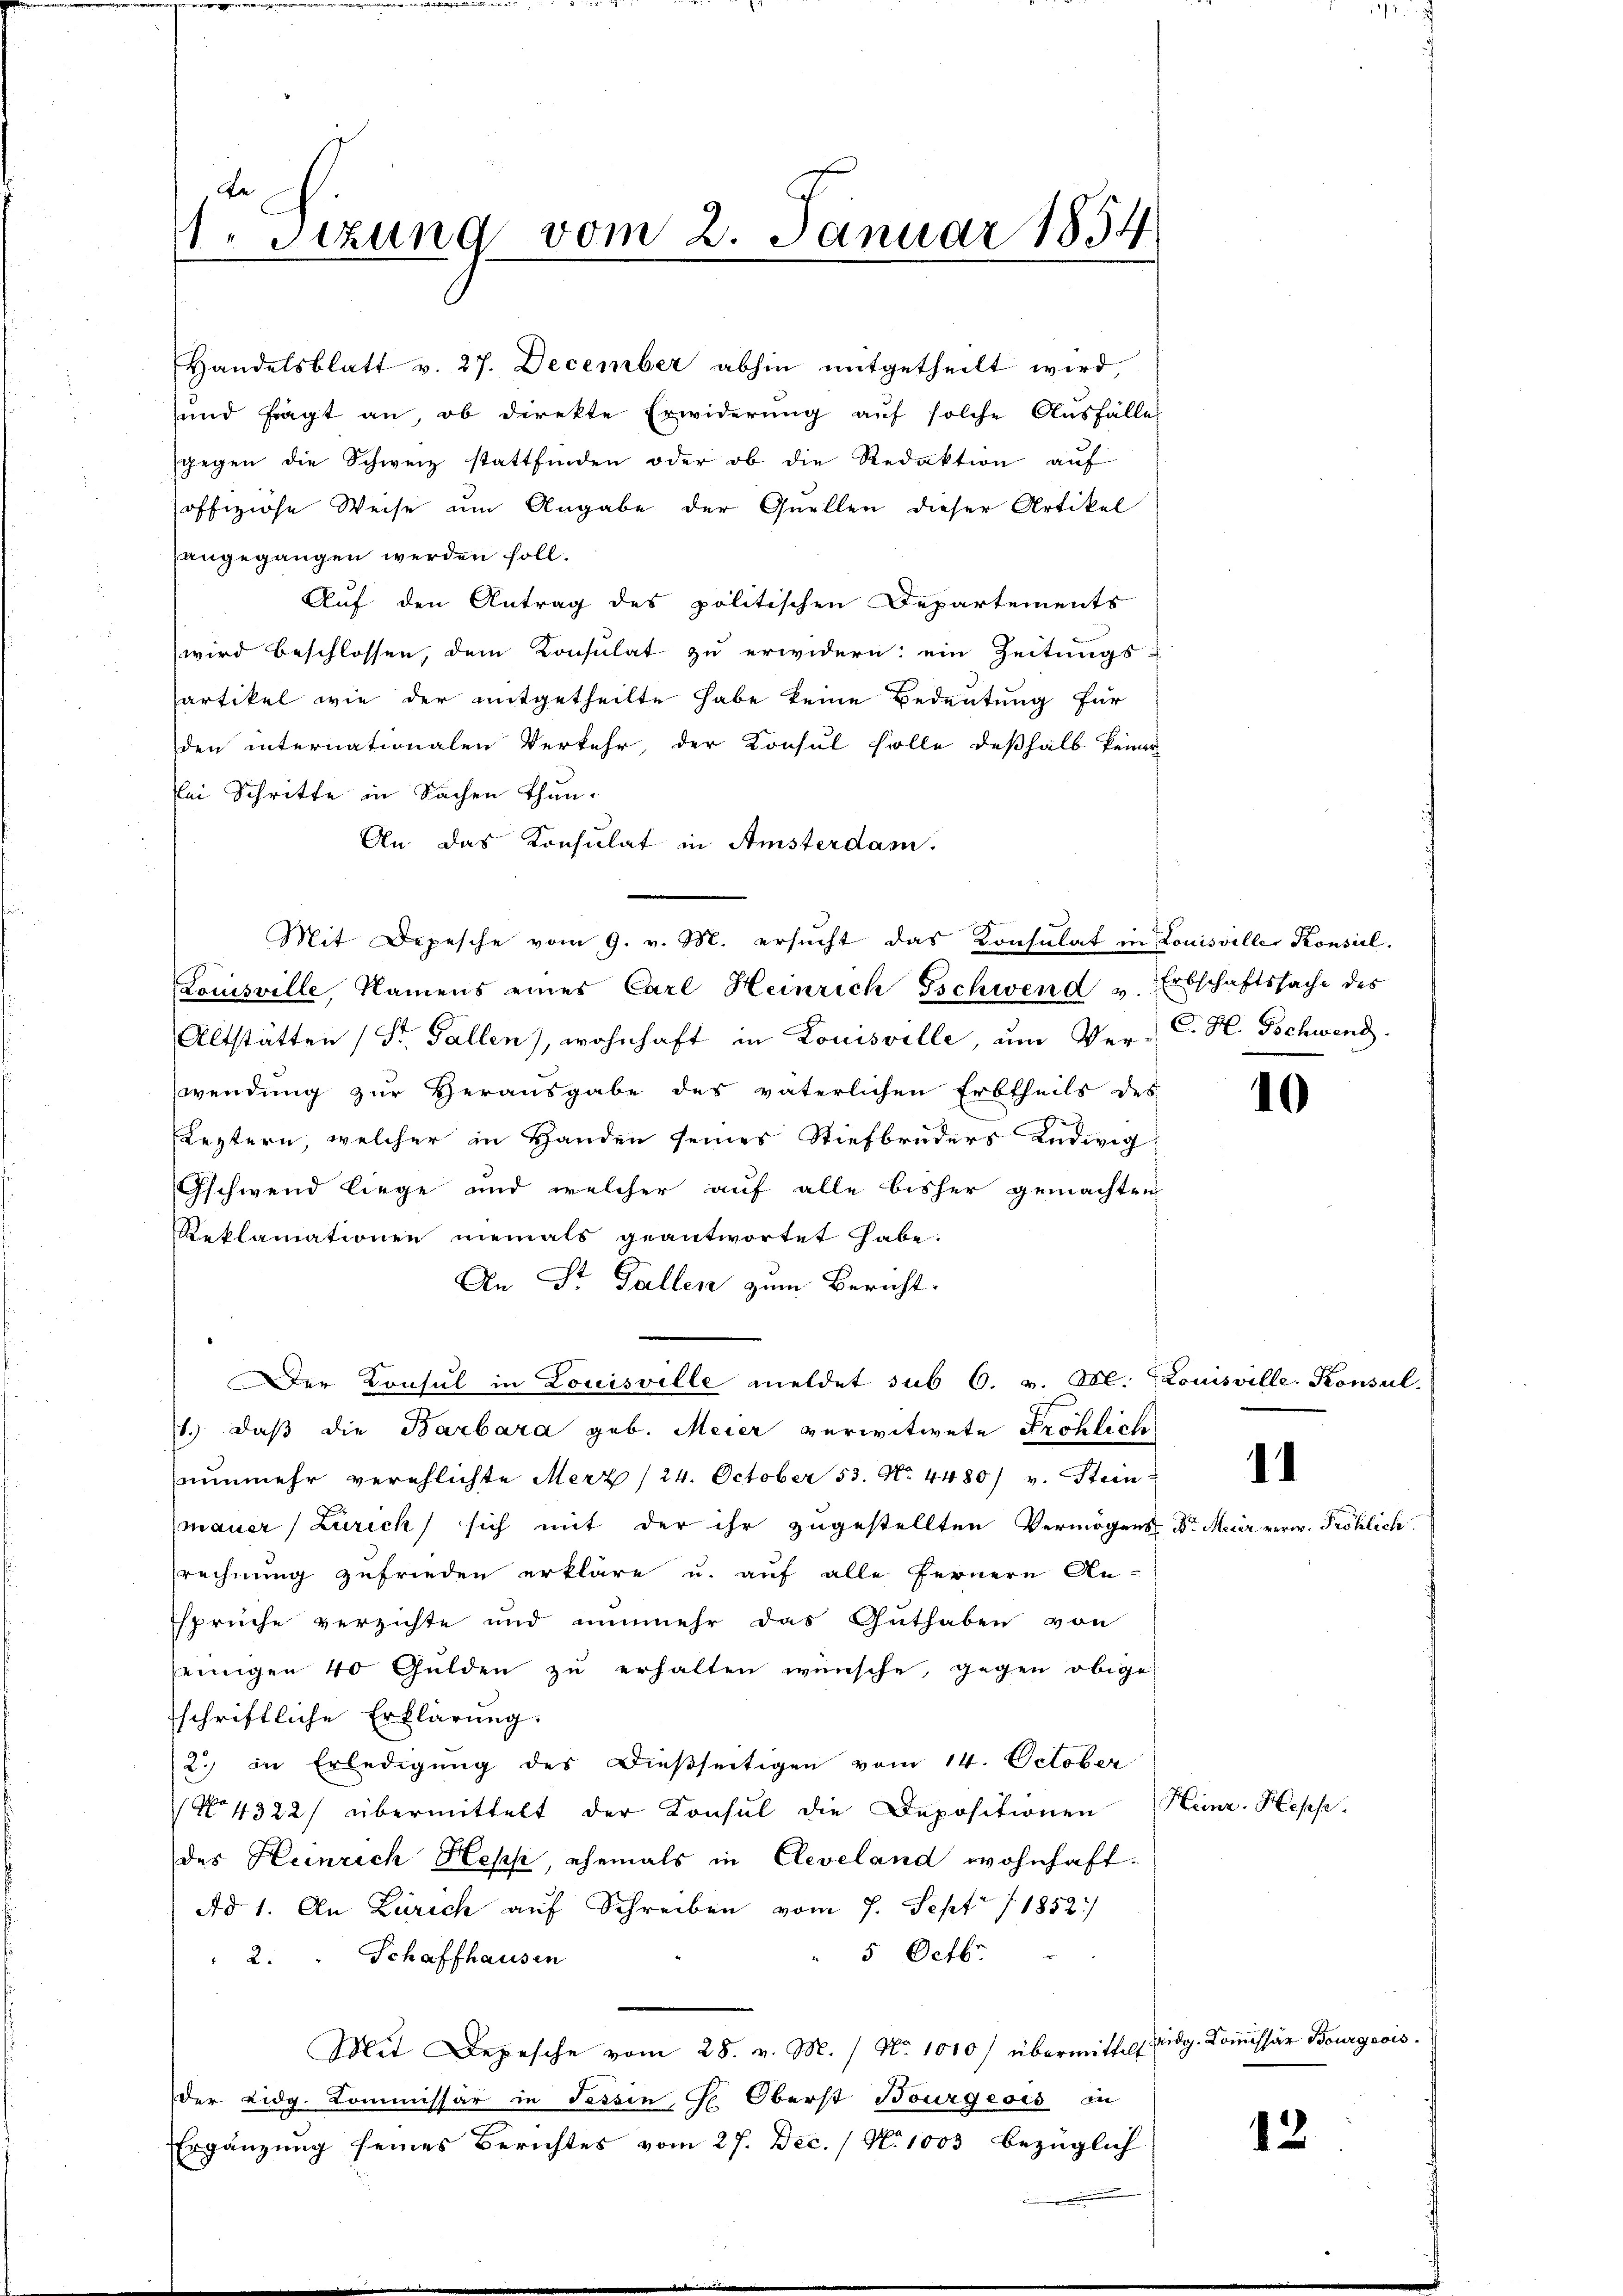
Handelsblatt v. 27. December abhin mitgetheilt wird,
und fragt an, ob direkte Erwiderung auf solche Ausfälle
gegen die Schweiz stattfinden oder ob die Redaktion auf
offiziose Weise um Angabe der Quellen dieser Artikel
angegangen werden soll.
Auf den Antrag des politischen Departements
wird beschlossen, dem Konsulat zu erwidern: ein Zeitungsartikel wie der mitgetheilte habe keine Bedeutung für
den internationalen Verkehr, der Konsul solle deßhalb keiner
bei Schritte in Sachen Thun-
An das Konsulat in Amsterdam.
Mit Depesche vom 9. v. M. ersŭcht das Konsulat in Louisville Konsil.
Louisville, Namens eines Carl Heinrich Gschwend u. Erbschaftssache des
Altstätten (St. Gallen), wohnhaft in Louisville, um Verwendung zur Herausgabe des väterlichen Erbtheils des
Leztern, welcher in Handen seines Stiefbruders Ludwig
Gschwend liege und welcher auf alle bisher gemachten
Reklamationen niemals geantwortet habe.
An St. Gallen zum Bericht.
Der Konsul in Louisville meldet sub 6. v. M. Louisville-Konsul
1.) Daß die Barbara geb. Meier verwitwete Fröhliche
nŭnmehr verehlichte Merz /24. October 53. No. 4480/ v. Stein
mauer (Zürich sich mit der ihr zugestellten Vermögens
rechnung zufrieden erkläre u. auf alle Fernern An-
sprüche verzichte und nunmehr das Guthaben von
einigen 40 Gulden zu erhalten wünsche, gegen obige
sschriftliche Erklärung:
2) in Erledigung des Dießseitigen vom 14. October
No 4322/ übermittelt der Konsul die Depositionen
des Heinrich Hess, ehemals in Cleveland wohnhaft.
Ad 1. An Zürich auf Schreiben vom 7. Sept. 11852.)
5 Octb.
2. " Schaffhausen
Mit Depesche vom 28. v. M. / No. 1010/ übermittelt eidg. Koṁissär Bourgeois.
der Eidg. Kommissär in Tessin, Ge Oberst Bourgeois in
Ergänzung seines Berichtes vom 27. Dec. / No 1003 bezüglich

Fe
1. Sitzung vom 2. Januar 1854.

C. H. Tschwend

10

1
Dr. Meier verw. Fröhlich

Heinr. Hesse.

12